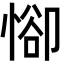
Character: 𢜭